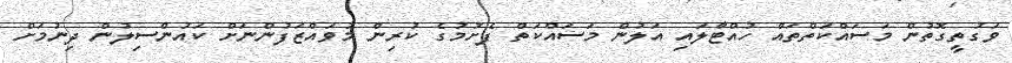
ވަގުތީގޮތުން މަސައްކަތްތައް ހުއްޓާލައި އަލުން މަސައްކަތް ފެށުމުގެ ކުރިން މުވައްޒަފުންނަށް ކައުންސިލުން ދިނުމަށް